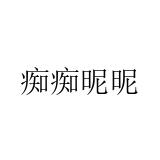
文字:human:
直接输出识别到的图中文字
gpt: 痴痴昵昵